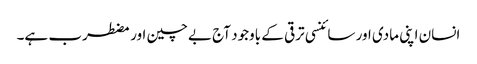
انسان اپنی مادی اور سائنسی ترقی کے باوجود آج بےچین اور مضطرب ہے۔